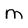
Character: M